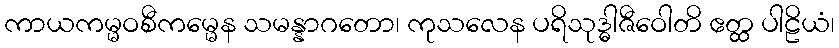
ကာယကမ္မဝစီကမ္မေန သမန္နာဂတော၊ ကုသလေန ပရိသုဒ္ဓါဇီဝေါတိ ဧတ္ထ ပါဠိယံ၊